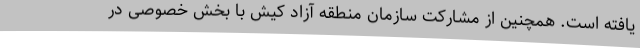
یافته است. همچنین از مشارکت سازمان منطقه آزاد کیش با بخش خصوصی در